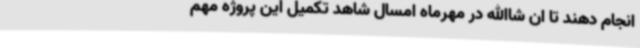
انجام دهند تا ان شاالله در مهرماه امسال شاهد تکمیل این پروژه مهم